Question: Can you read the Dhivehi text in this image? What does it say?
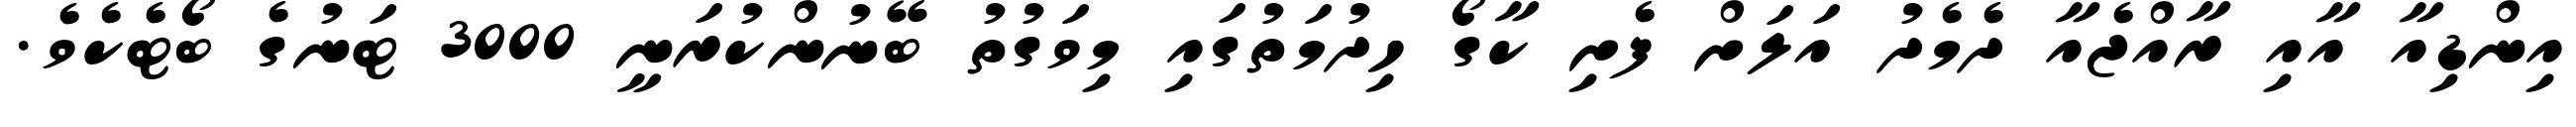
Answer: އިންޑިއާ އާއި ރާއްޖެއާ ދެމެދު އަލަށް ފެށި ކާގޯ ހިދުމަތުގައި މިވަގުތު ބޭނުންކުރަނީ 3000 ޓަނުގެ ބޯޓެކެވެ.